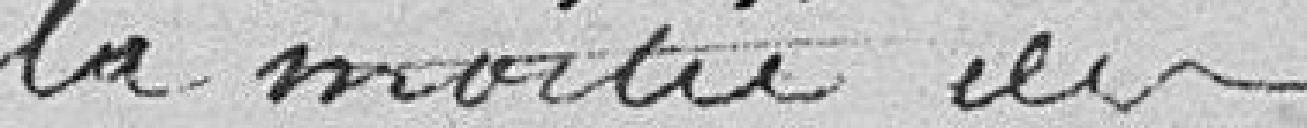
la moitié des